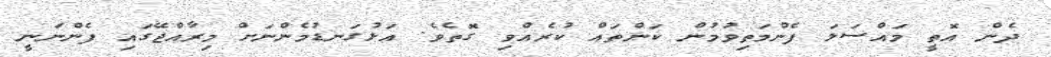
ދެން އޮތީ މައްސަލަ ފެންމަތިވުމުން ކަންތައް ކުރެއްވި ގޮތެވެ. އަޅުގަނޑުމެންނަށް މިރާއްޖޭގައި ފެންނަނީ